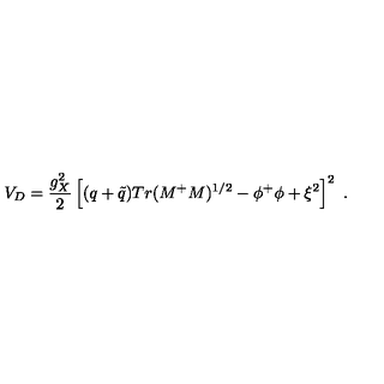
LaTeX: V _ { D } = { \frac { g _ { X } ^ { 2 } } { 2 } } \left[ ( q + { \tilde { q } } ) T r ( M ^ { + } M ) ^ { 1 / 2 } - \phi ^ { + } \phi + \xi ^ { 2 } \right] ^ { 2 } \ .